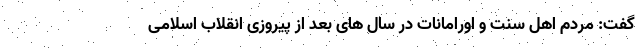
گفت: مردم اهل سنت و اورامانات در سال های بعد از پیروزی انقلاب اسلامی